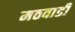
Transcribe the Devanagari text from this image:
मठवाडी